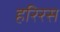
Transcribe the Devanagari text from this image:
हरिरस